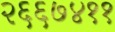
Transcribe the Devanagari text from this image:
२६६७४११